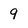
Character: 9